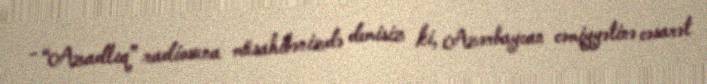
- “Azadlıq” radiosuna müsahibənizdə demisiz ki, Azərbaycan cəmiyyətinə cəsarət